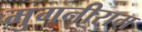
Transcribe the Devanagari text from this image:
मुगनीराम